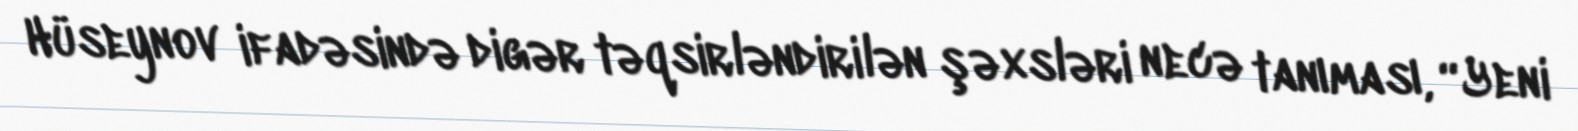
Hüseynov ifadəsində digər təqsirləndirilən şəxsləri necə tanıması, “Yeni